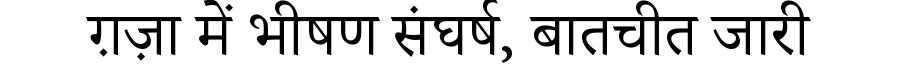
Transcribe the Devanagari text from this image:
ग़ज़ा में भीषण संघर्ष, बातचीत जारी